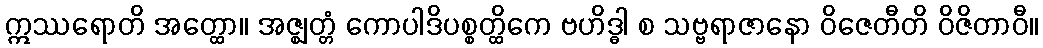
ဣဿရောတိ အတ္ထော။ အဇ္ဈတ္တံ ကောပါဒိပစ္စတ္ထိကေ ဗဟိဒ္ဓါ စ သဗ္ဗရာဇာနော ဝိဇေတီတိ ဝိဇိတာဝီ။